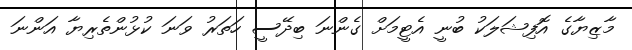
މާޒިޔާގެ އޮފިޝަލަކު ބުނީ އެޓީމަށް ގެންނަ ބިދޭސީ ހަތަރު ވަނަ ކުޅުންތެރިޔާ އަންނަ